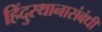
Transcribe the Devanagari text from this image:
हिंदुस्थानासंबंधी